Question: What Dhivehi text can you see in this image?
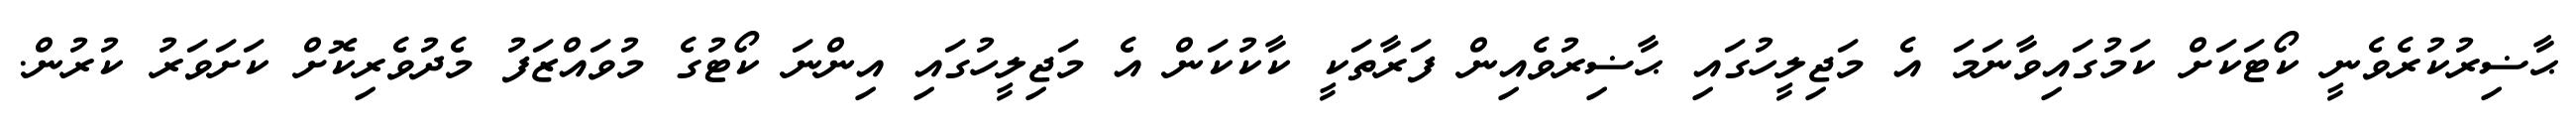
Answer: ޙާޟިރުކުރެވެނީ ކޯޓަކަށް ކަމުގައިވާނަމަ އެ މަޖިލީހުގައި ޙާޟިރުވެއިން ފަރާތަކީ ކާކުކަން އެ މަޖިލީހުގައި އިންނަ ކޯޓުގެ މުވައްޒަފު މެދުވެރިކޮށް ކަށަވަރު ކުރުން.